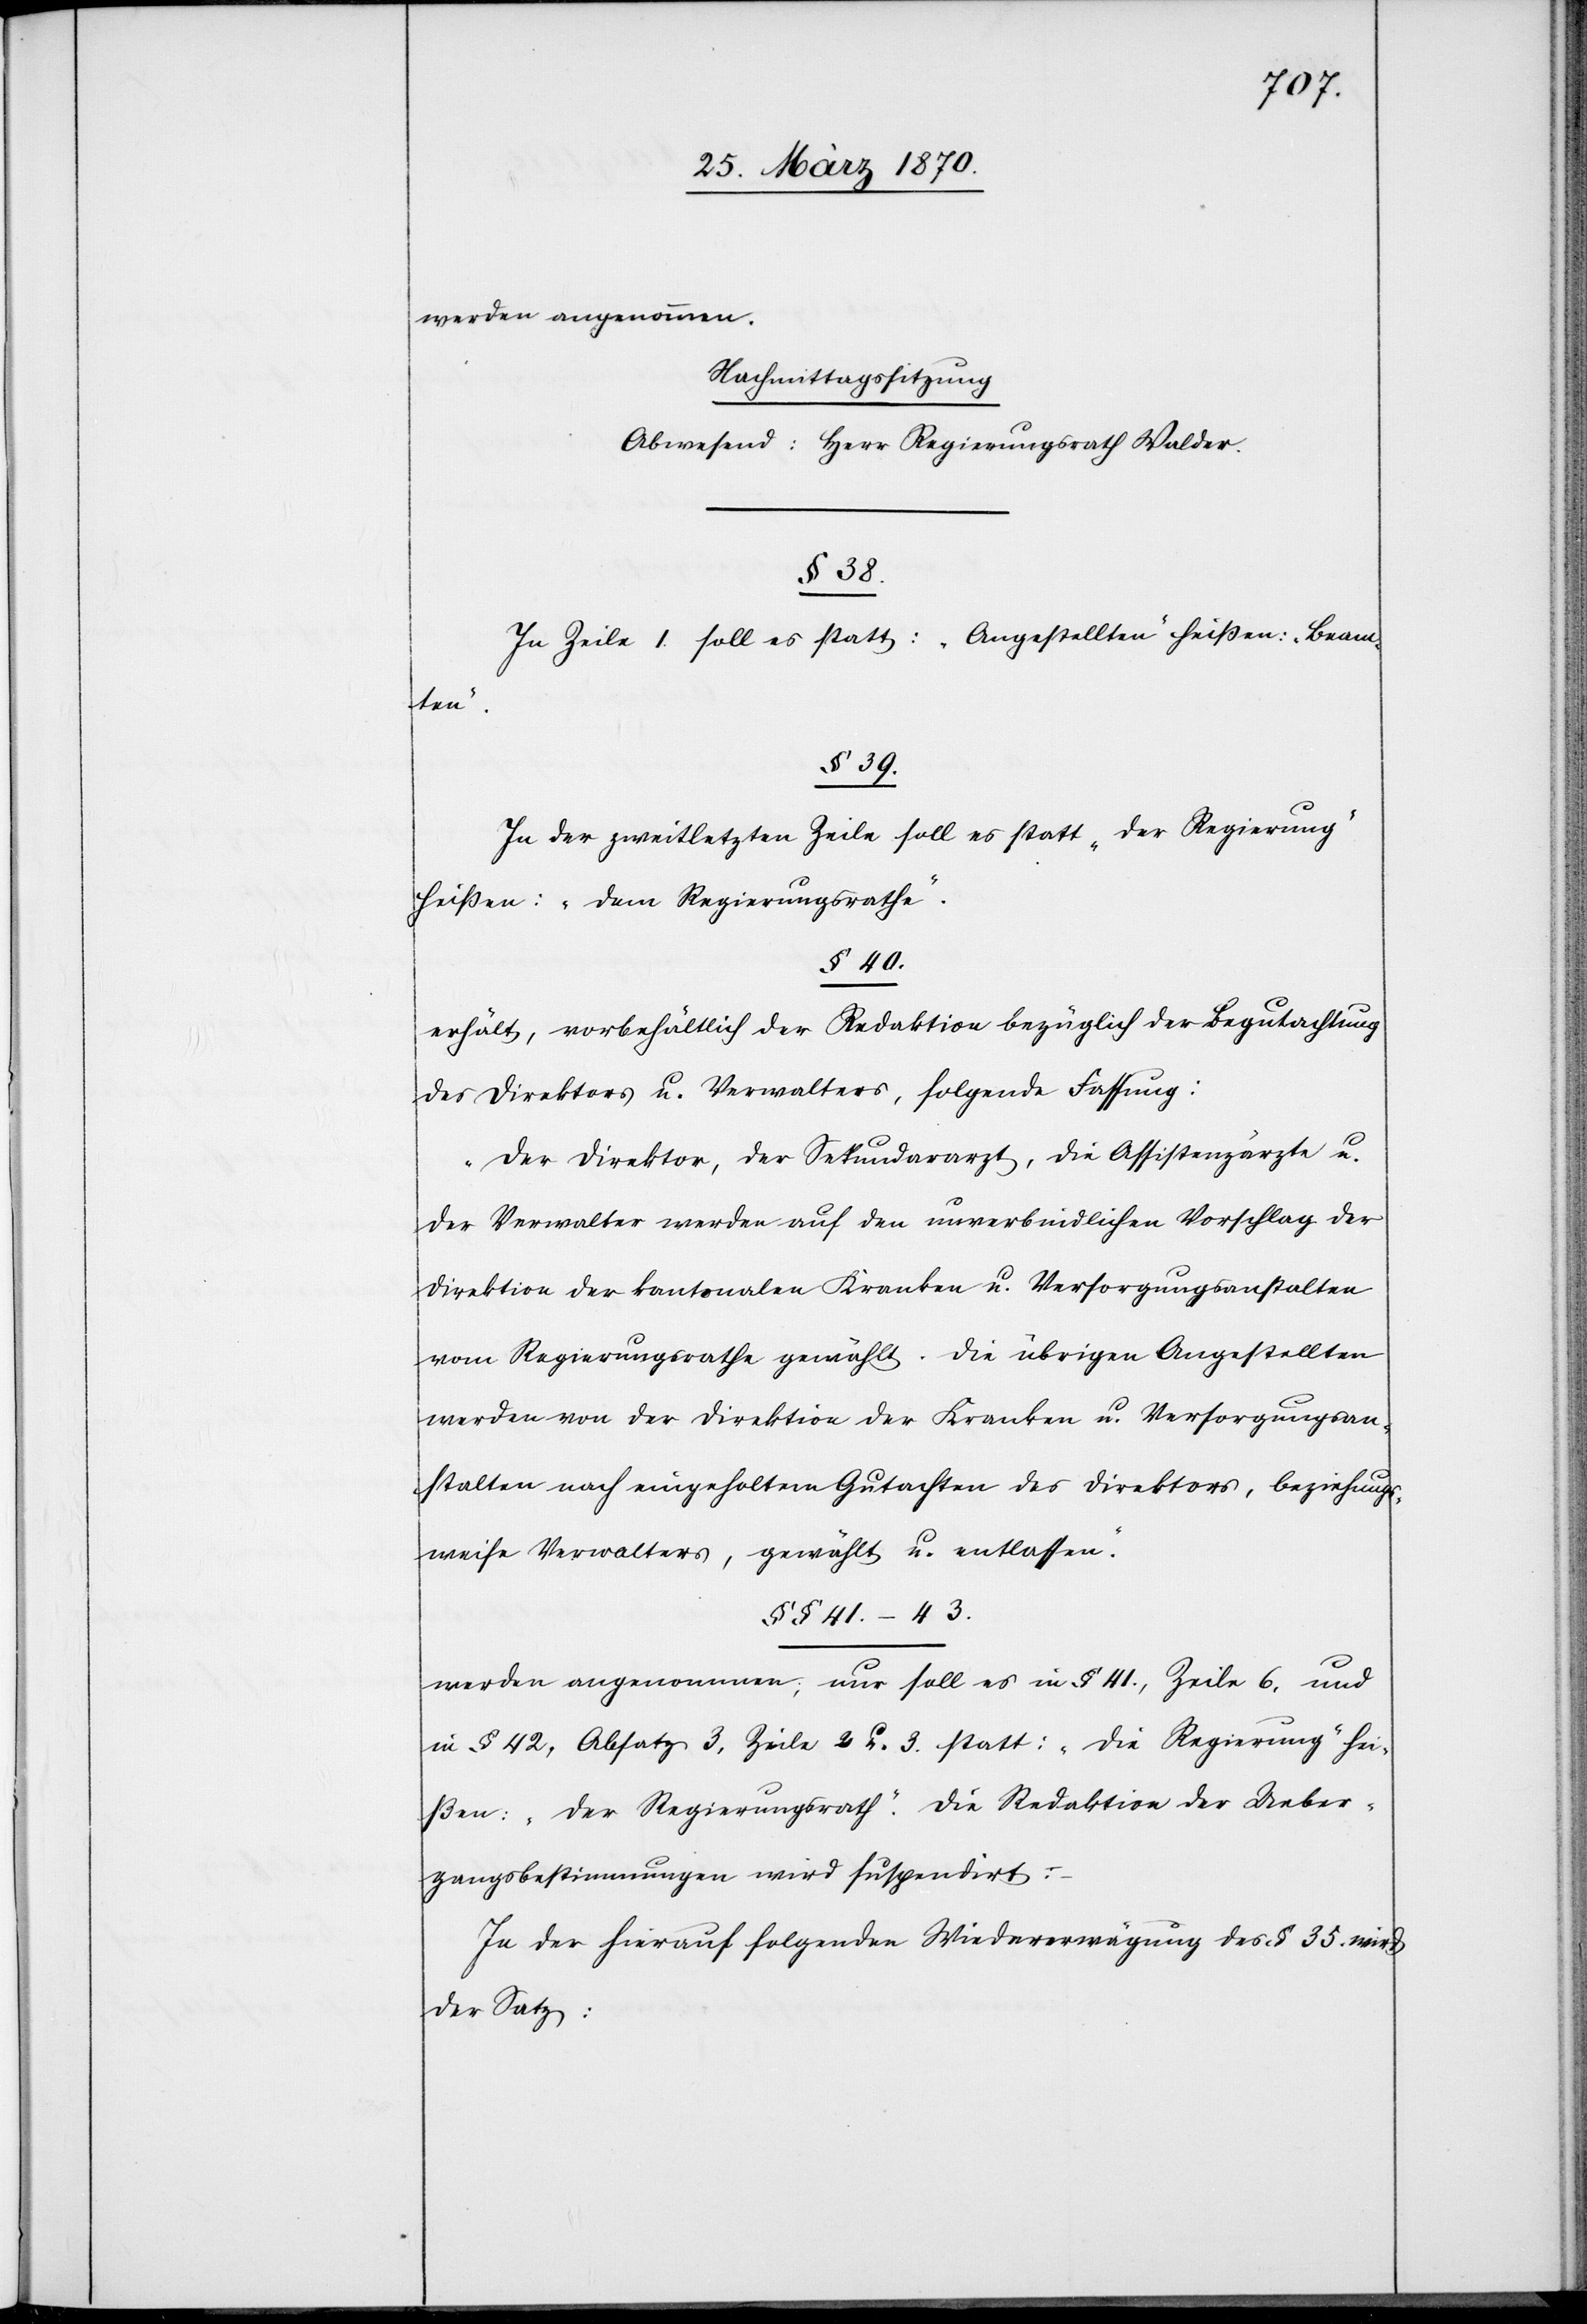
werden angenommen.